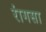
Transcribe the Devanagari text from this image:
रांगसा